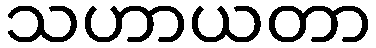
သဟာယတာ